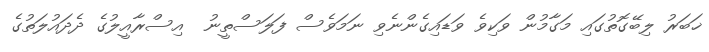
ޚަބަރު ލިބޭގޮތުގައި މަގާމުން ވަކިވެ ވަޑައިގެންނެވި ނަމަވެސް ފަލަސްތީނު  އިސްރާއީލުގެ ދެދައުލަތުގެ